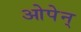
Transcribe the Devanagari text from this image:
ओपेन्